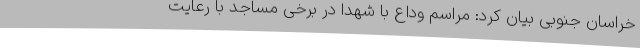
خراسان جنوبی بیان کرد: مراسم وداع با شهدا در برخی مساجد با رعایت